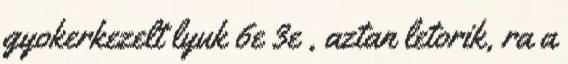
gyokerkezelt lyuk 6e 3e , aztan letorik, ra a